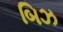
બિઝ